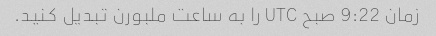
زمان 9:22 صبح UTC را به ساعت ملبورن تبدیل کنید.